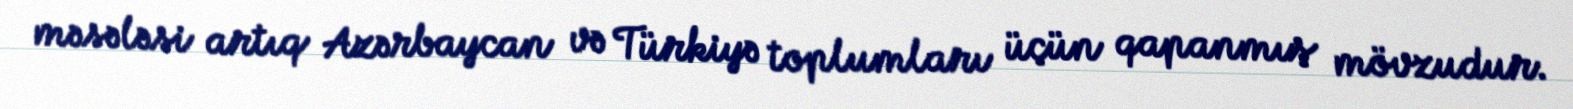
məsələsi artıq Azərbaycan və Türkiyə toplumları üçün qapanmış mövzudur.